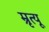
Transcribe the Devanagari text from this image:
म्रृत्यू